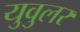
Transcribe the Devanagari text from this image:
युवुलर